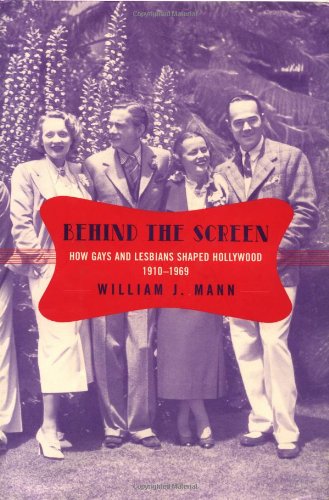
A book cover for Behind the Screen: How Gays and Lesbians Shaped Hollywood, 1910-1969; William J. Mann; Biographies & Memoirs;